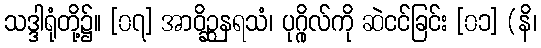
သဒ္ဒါရုံတို့၌။ [၀၇] အာဝိဉ္ဆနရသံ၊ ပုဂ္ဂိုလ်ကို ဆဲငင်ခြင်း [၀၁] (နိ၊